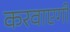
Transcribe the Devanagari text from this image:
करवाएगी